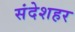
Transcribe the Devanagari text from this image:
संदेशहर